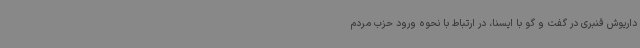
داریوش قنبری در گفت و گو با ایسنا، در ارتباط با نحوه ورود حزب مردم